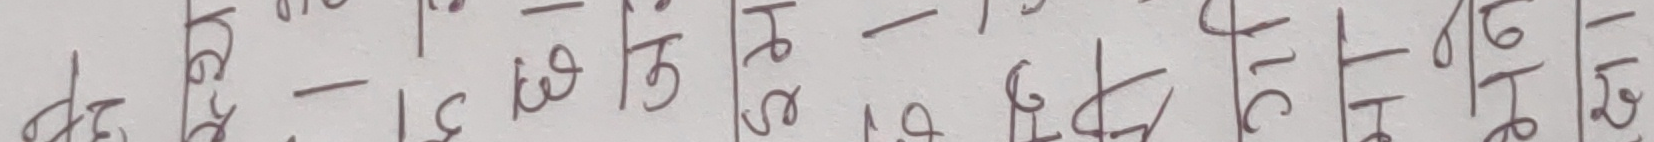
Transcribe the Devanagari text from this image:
२० ३१ ५९ १७ ४९ ८१ ९० २९ ५१ ७९ १९ ६९ ८६ ९३